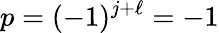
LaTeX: p=(-1)^{j+\ell}=-1